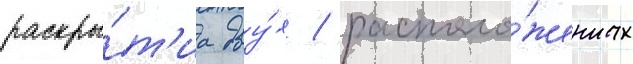
раскры́т'иа дву́х / располо́женных